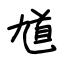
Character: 馗